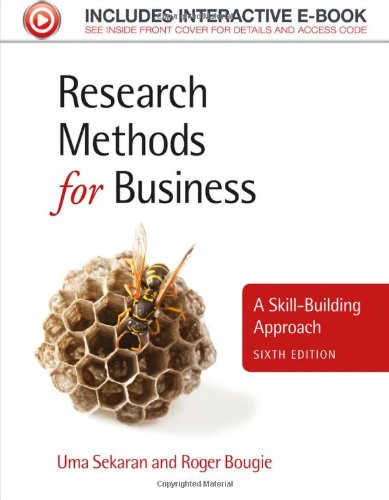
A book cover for Research Methods for Business: A Skill-Building Approach; Uma Sekaran; Business & Money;